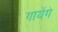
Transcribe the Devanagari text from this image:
गायेंगे